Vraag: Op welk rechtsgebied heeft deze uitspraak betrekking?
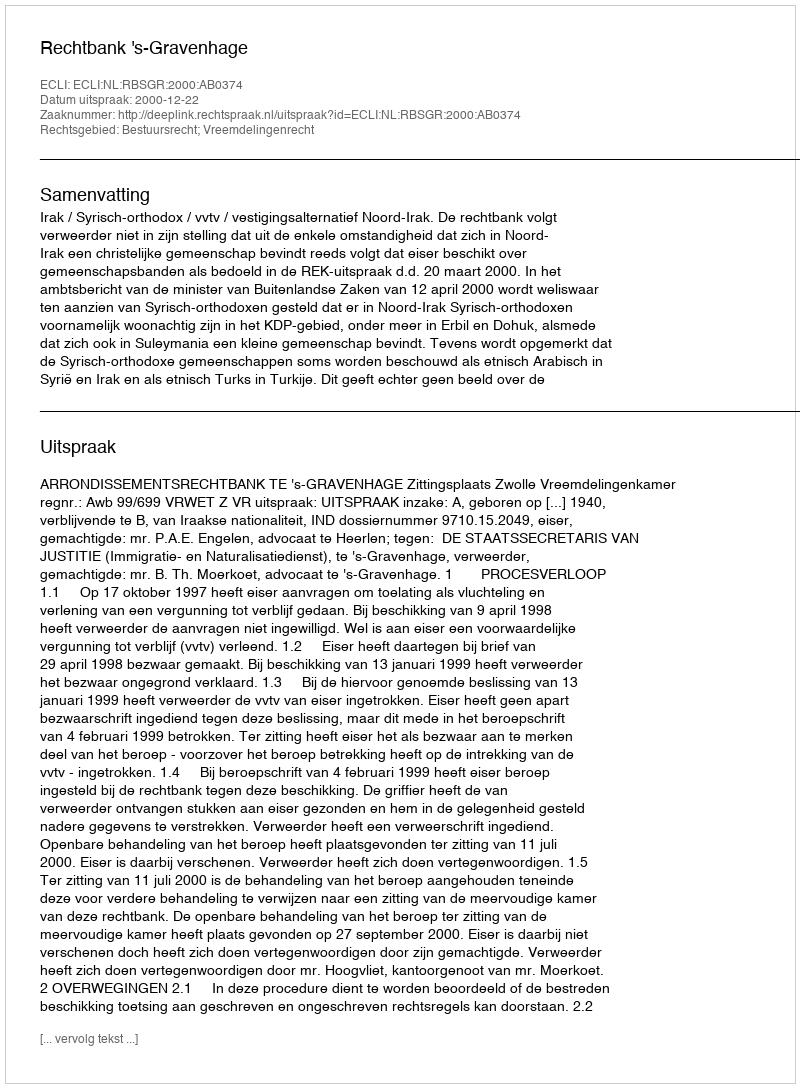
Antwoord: Bestuursrecht; Vreemdelingenrecht